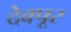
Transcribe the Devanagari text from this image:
देवपूर